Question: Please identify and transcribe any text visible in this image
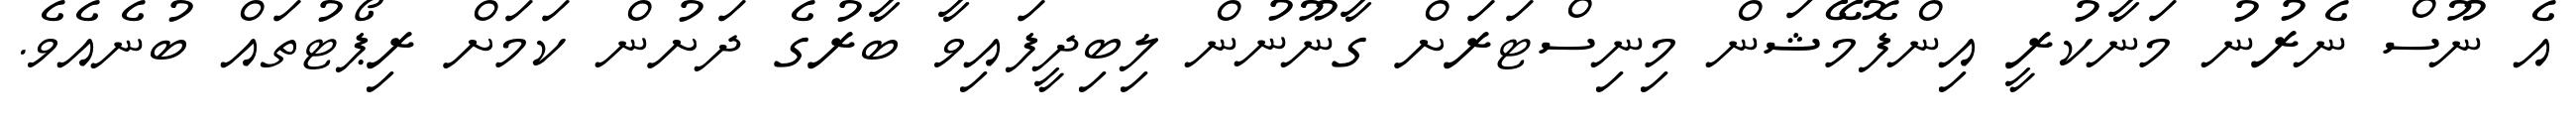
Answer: އެ ނޫސް ނެރުނު މަނާކުރީ އިންފޮމޭޝަން މިނިސްޓަރަށް ގާނޫނުން ލިބިދީފައިވާ ބާރުގެ ދަށުން ކަމަށް ރިޕޯޓުތައް ބުނެއެވެ.